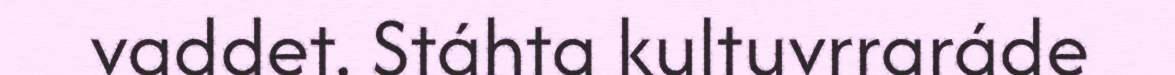
vaddet. Stáhta kultuvrraráde